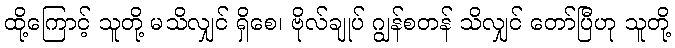
ထို့ကြောင့် သူတို့ မသိလျှင် ရှိစေ၊ ဗိုလ်ချုပ် ဂျွန်စတန် သိလျှင် တော်ပြီဟု သူတို့